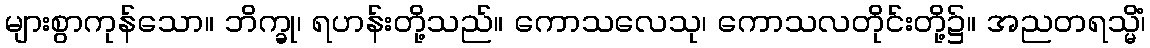
များစွာကုန်သော။ ဘိက္ခု၊ ရဟန်းတို့သည်။ ကောသလေသု၊ ကောသလတိုင်းတို့၌။ အညတရသ္မိံ၊